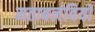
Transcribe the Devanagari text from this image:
मताबलंवियों